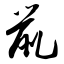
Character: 鼠